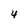
Character: 4